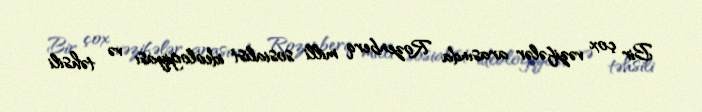
Bir çox vəzifələr arasında Rozenberq milli sosialist ideologiyası və təhsili